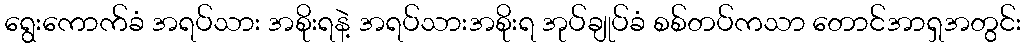
ရွေးကောက်ခံ အရပ်သား အစိုးရနဲ့ အရပ်သားအစိုးရ အုပ်ချုပ်ခံ စစ်တပ်ကသာ တောင်အာရှအတွင်း